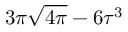
3 \pi \sqrt { 4 \pi } - 6 \tau ^ { 3 }